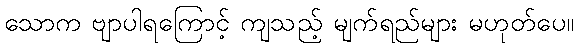
သောက ဗျာပါရကြောင့် ကျသည့် မျက်ရည်များ မဟုတ်ပေ။